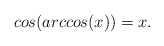
\begin{align*}cos(arccos(x))=x.\end{align*}